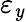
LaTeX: \varepsilon_{\mathit{y}}